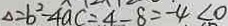
\Delta = b ^ { 2 } - 4 a c = 4 - 8 = - 4 < 0